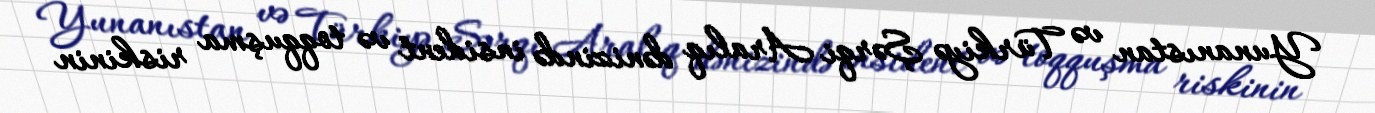
Yunanıstan və Türkiyə Şərqi Aralıq dənizində insident və toqquşma riskinin